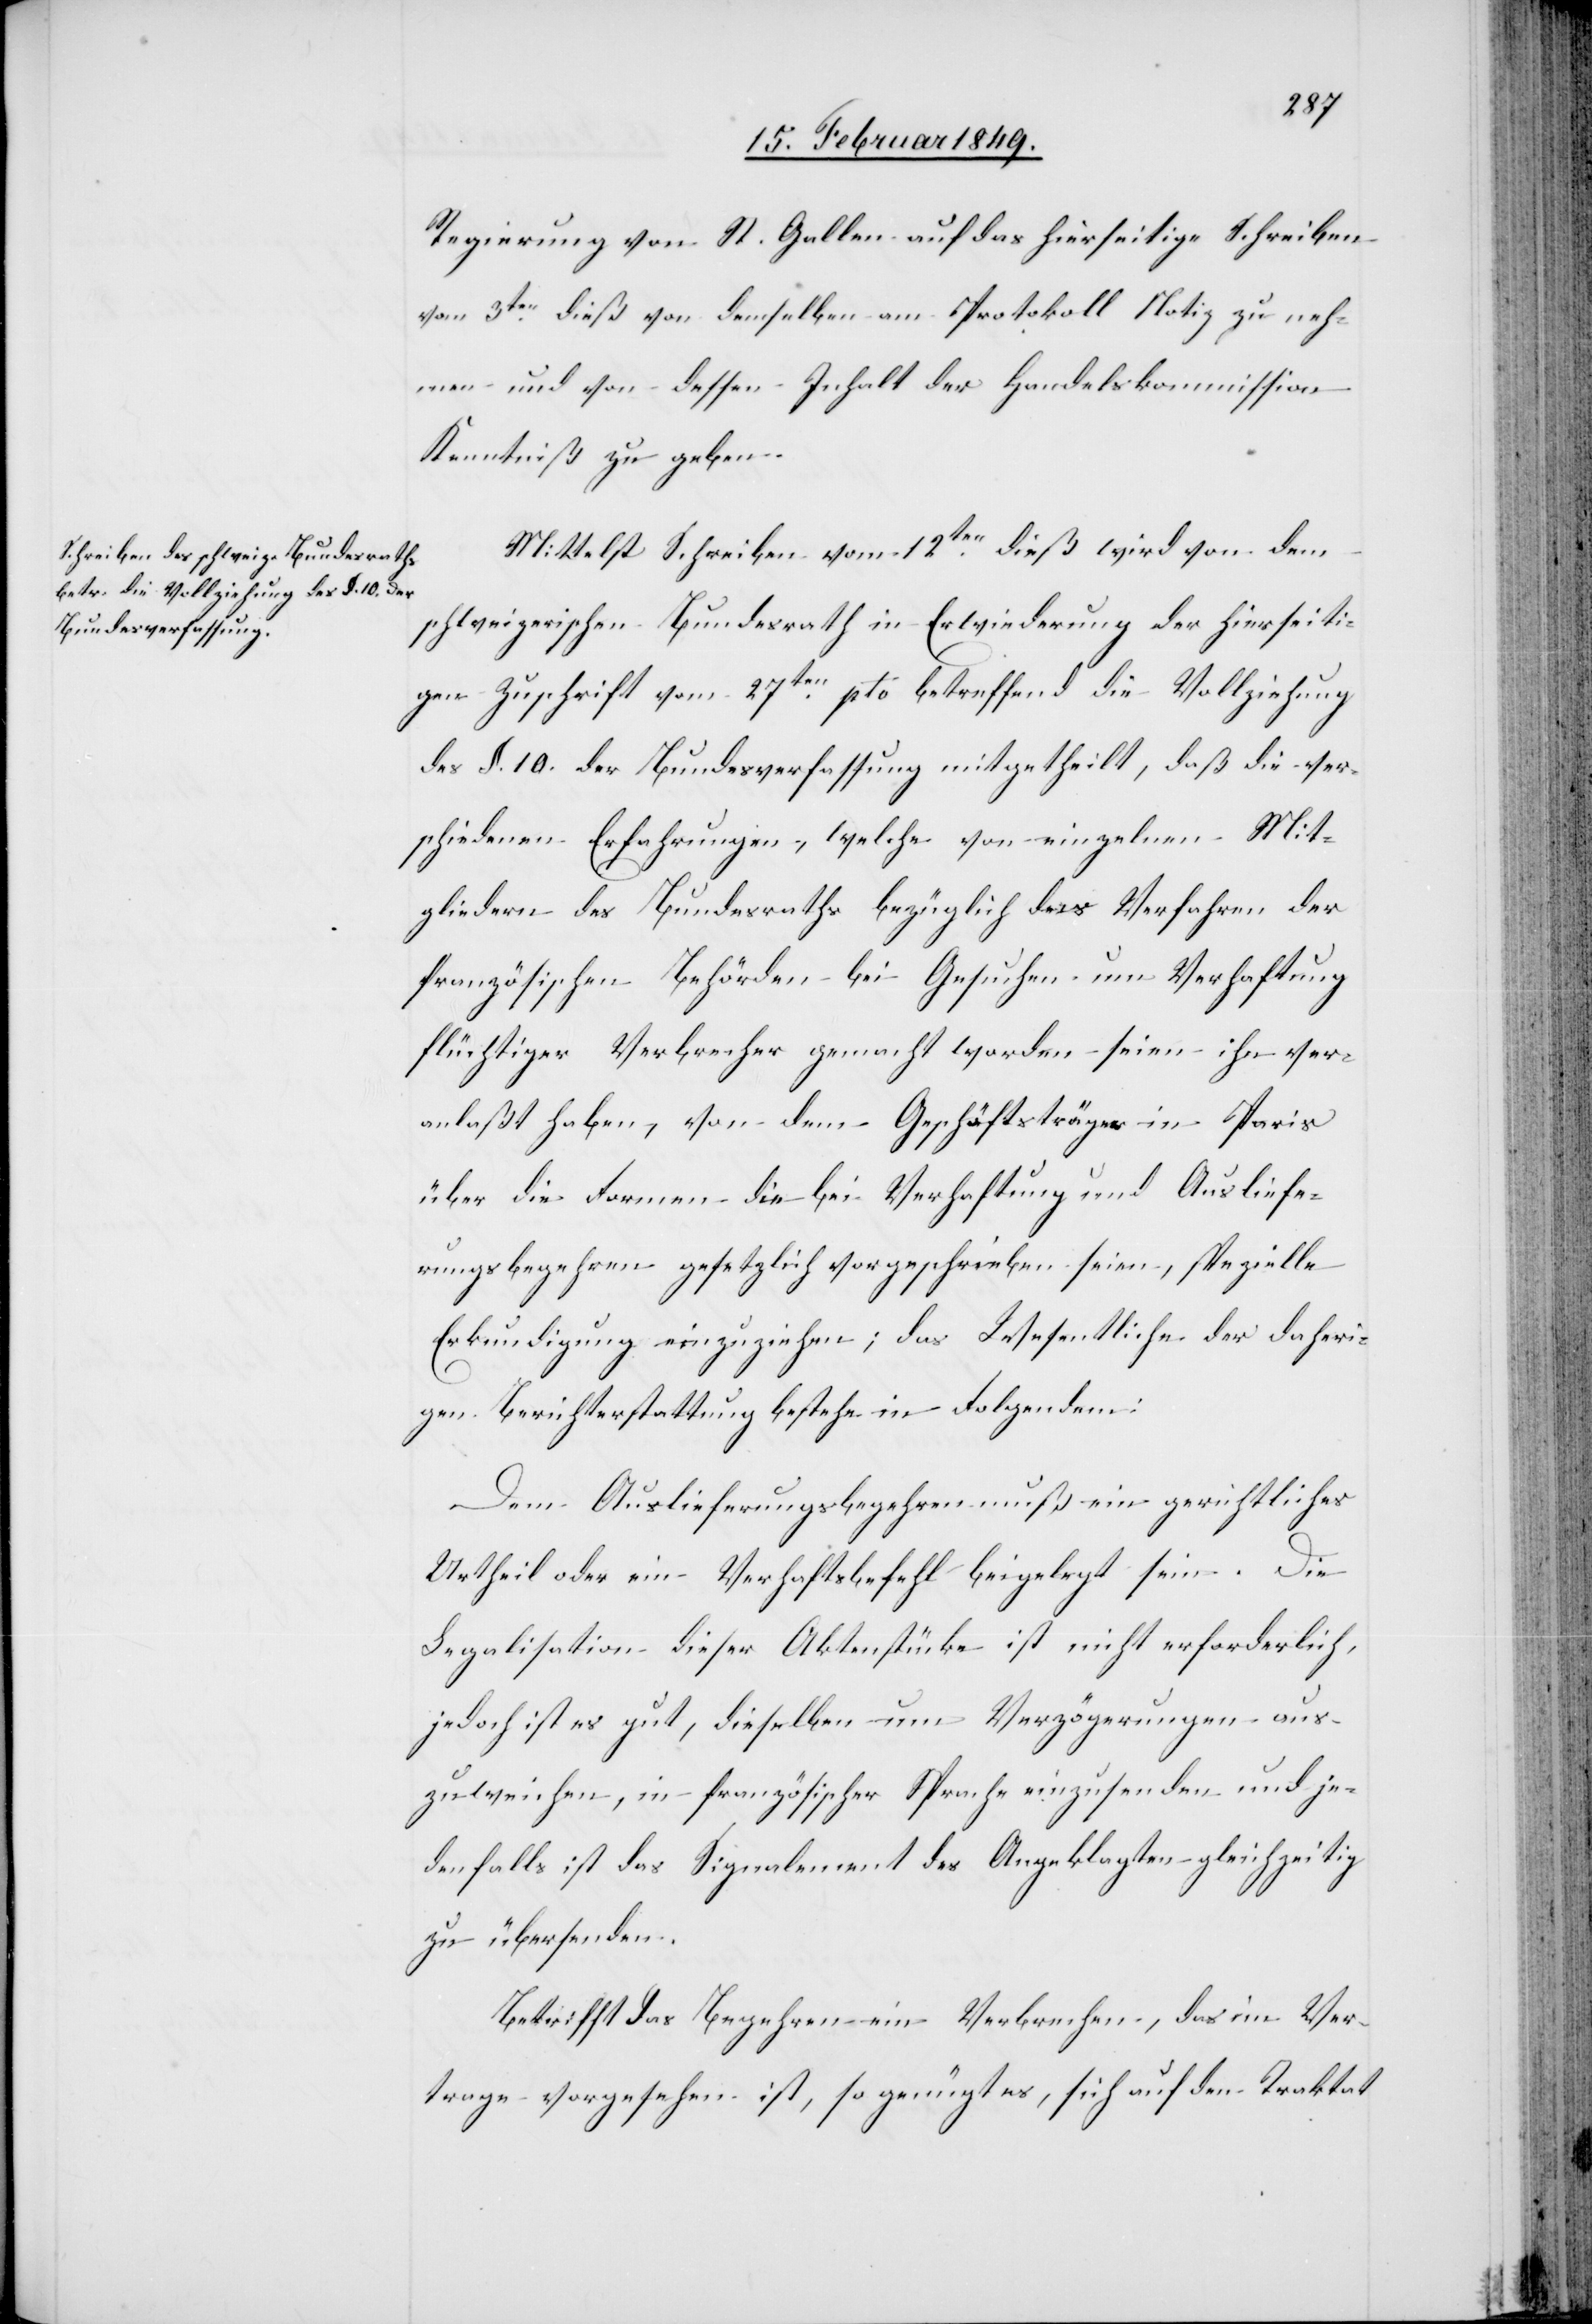
Regierung von St. Gallen auf das hierseitige Schreiben
vom 3ten. dieß von demselben am Protokoll Notiz zu neh¬
men und von dessen Inhalt der Handelskommission
Kenntniß zu geben.
Mittelst Schreiben vom 12ten. dieß wird von dem
schweizerischen Bundesrath in Erwiederung der hierseiti¬
gen Zuschrift vom 27ten. pto betreffend die Vollziehung
des §. 10. der Bundesverfassung mitgetheilt, daß die ver¬
schiedenen Erfahrungen, welche von einzelnen Mit¬
gliedern des Bundesraths bezüglich das Verfahren der
französischen Behörden bei Gesuchen um Verhaftung
flüchtiger Verbrecher gemacht worden seien ihn ver¬
anlaßt haben, von dem Geschäftsträger in Paris
über die Formen die bei Verhaftung und Ausliefe¬
rungsbegehren gesetzlich vorgeschrieben seien, spezielle
Erkundigung einzuziehen; das Wesentliche der daheri¬
gen Berichterstattung bestehe in Folgendem:
Dem Auslieferungsbegehren muß ein gerichtliches
Urtheil oder ein Verhaftsbefehl beigelegt sein. Die
Legalisation dieser Aktenstücke ist nicht erforderlich,
jedoch ist es gut, dieselben um Verzögerungen aus¬
zuweichen, in französischer Sprache einzusenden und je¬
denfalls ist das Signalement des Angeklagten gleichzeitig
zu übersenden.
Betrifft das Begehren ein Verbrechen, das im Ver¬
trage vorgesehen ist, so genügt es, sich auf den Traktat